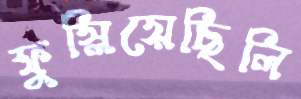
ফুস্‌লিয়েছিলি